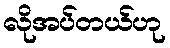
လိုအပ်တယ်ဟု